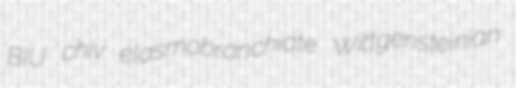
BIU chiv elasmobranchiate Wittgensteinian